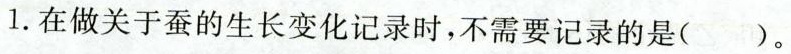
1.在做关于蚕的生长变化记录时，不需要记录的是()。